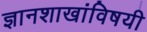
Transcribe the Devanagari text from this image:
ज्ञानशाखांविषयी